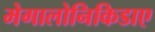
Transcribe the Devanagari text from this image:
मेगालोनिकिडाए